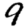
Digit: 9